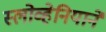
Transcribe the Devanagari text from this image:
स्लोव्हेनियाने